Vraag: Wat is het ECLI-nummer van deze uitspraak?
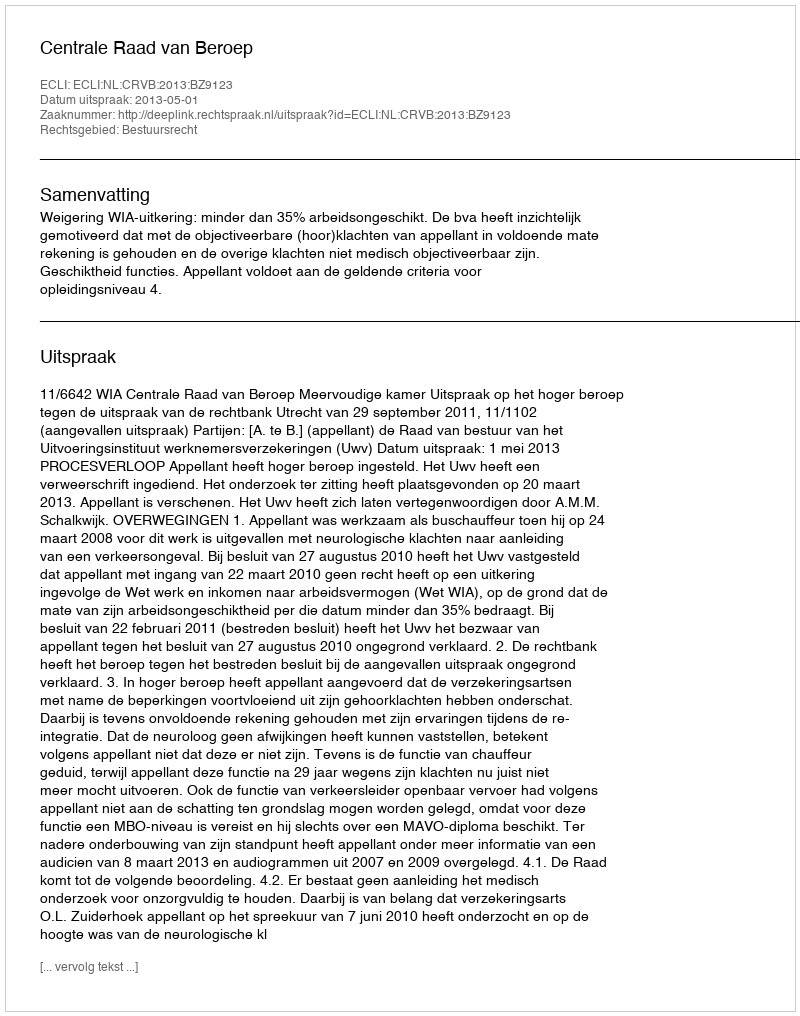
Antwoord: ECLI:NL:CRVB:2013:BZ9123